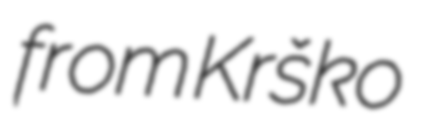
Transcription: from Krško